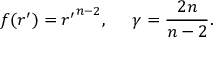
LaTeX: f ( r ^ { \prime } ) = { r ^ { \prime } } ^ { n - 2 } , \; \; \; \; \; \gamma = { \frac { 2 n } { n - 2 } } .